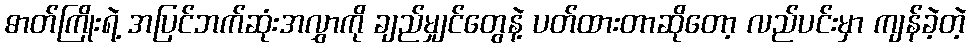
ဓာတ်ကြိုးရဲ့ အပြင်ဘက်ဆုံးအလွှာကို ချည်မျှင်တွေနဲ့ ပတ်ထားတာဆိုတော့ လည်ပင်းမှာ ကျန်ခဲ့တဲ့